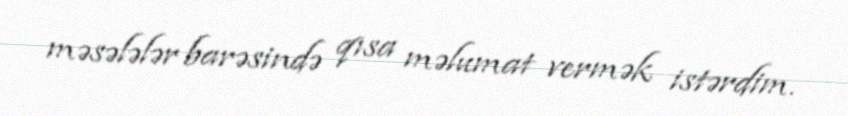
məsələlər barəsində qısa məlumat vermək istərdim.